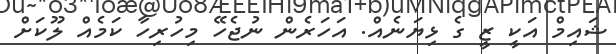
ޝައިމް އަކީ ޒީ ގެ ޅިޔަނެއް. އަހަރެން ނުޖެހޭ މިހުރިހާ ކަމެއް ލޫކަށް